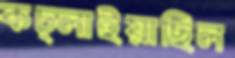
কচ্‌লাইয়াছিল